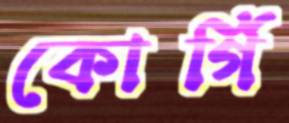
কোর্গি